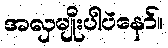
အလှမျိုးပါပဲနော်။